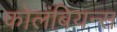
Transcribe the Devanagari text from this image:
कोलंबियन्स